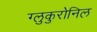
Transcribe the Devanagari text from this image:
ग्लुकुरोनिल